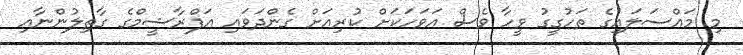
މި މައްސަލައިގެ ތަހުގީގު ވީހާ ވެސް އަވަހަކަށް ކުރިއަށް ގެންދަވައި އަފްރާޝީމްގެ ގާތިލުންނާއި